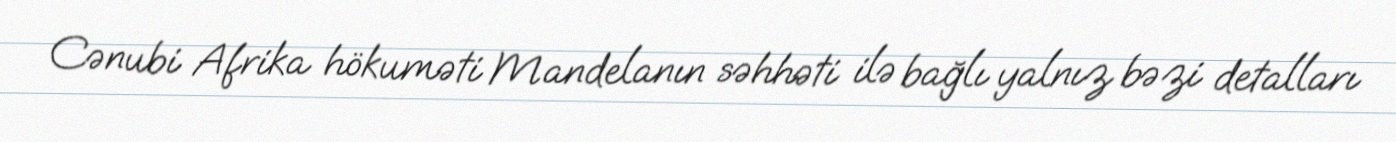
Cənubi Afrika hökuməti Mandelanın səhhəti ilə bağlı yalnız bəzi detalları